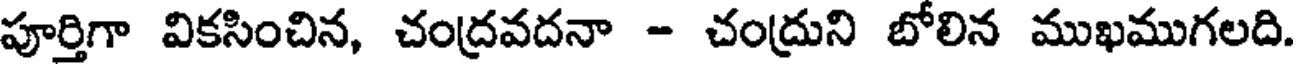
పూర్తిగా వికసించిన, చంద్రవదనా - చంద్రుని బోలిన ముఖముగలది.